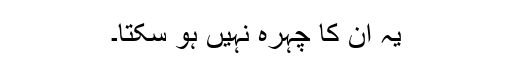
یہ ان کا چہرہ نہیں ہو سکتا۔